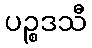
ပဉ္စဒသီ